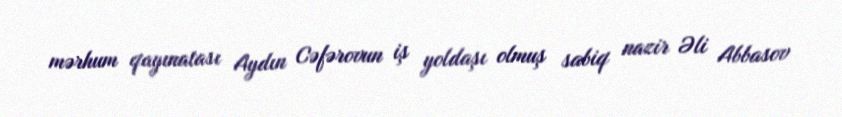
mərhum qayınatası Aydın Cəfərovun iş yoldaşı olmuş sabiq nazir Əli Abbasov